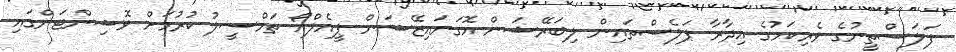
ފަލަސްތީނުގެ ވެރިކަމުގެ އިދާރާ ޕަލެސްތައިން ލިބަރޭޝަން އޮގަނައިޒޭޝަން ޕީއެލްއޯ ތަމްސީލު ކުރުމަށް ވޮޝިންޓަންގައި